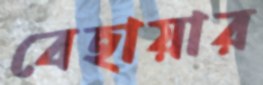
বেহায়ার